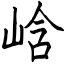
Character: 㟏